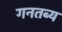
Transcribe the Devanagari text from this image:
गनतब्य